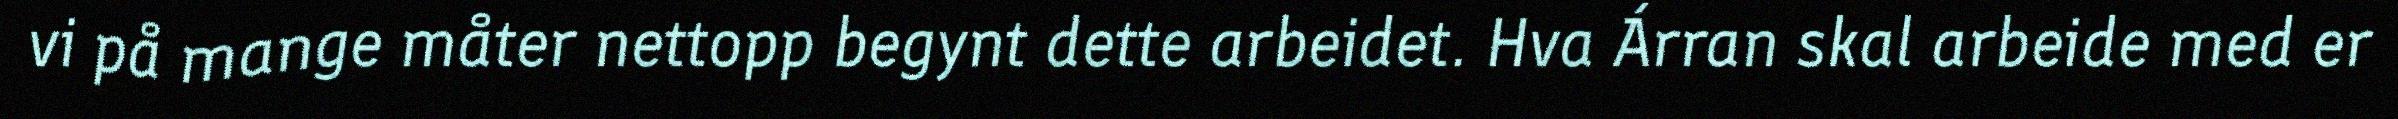
vi på mange måter nettopp begynt dette arbeidet. Hva Árran skal arbeide med er